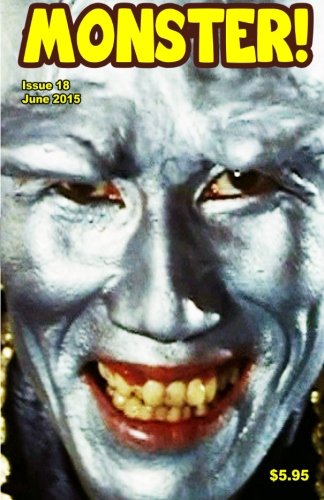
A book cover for Monster! #18; Tim Paxton; Humor & Entertainment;